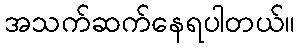
အသက်ဆက်နေရပါတယ်။